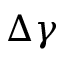
\Delta \gamma